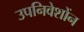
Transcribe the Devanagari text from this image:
उपनिवेशोंन